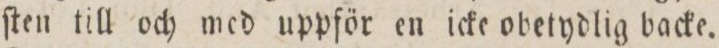
ſten till och med uppför en icke obetydlig backe.